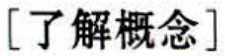
[了解概念]